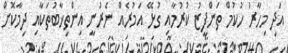
އަދި މިހާރު ހުކުމް ތަންފީޒު ކުރުމާއި ގުޅޭ އަމުރެއް ނެރުނީ އިންތިޚާބުތަކާއި ދިމާކޮށް